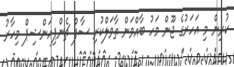
ކުރިން މި އަހަރުގެ ޖޫން މަހު ބާއްވަން ތާވަލްކުރި ސާފް ޗެންޕިއަންޝިޕް މިހާރު